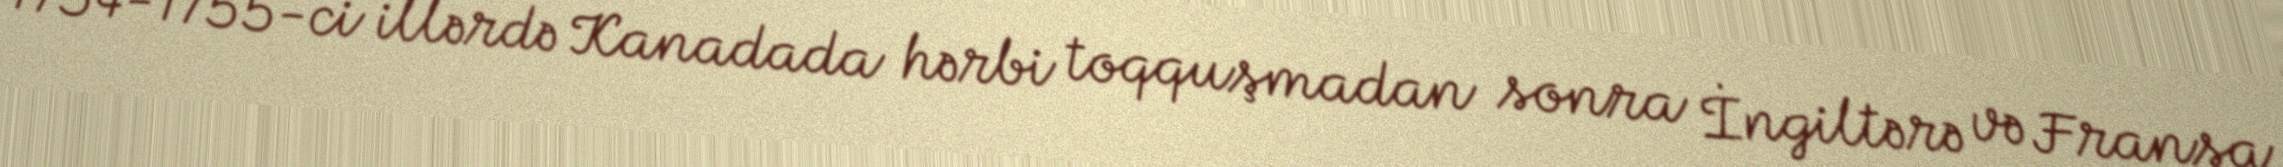
1754-1755-ci illərdə Kanadada hərbi toqquşmadan sonra İngiltərə və Fransa